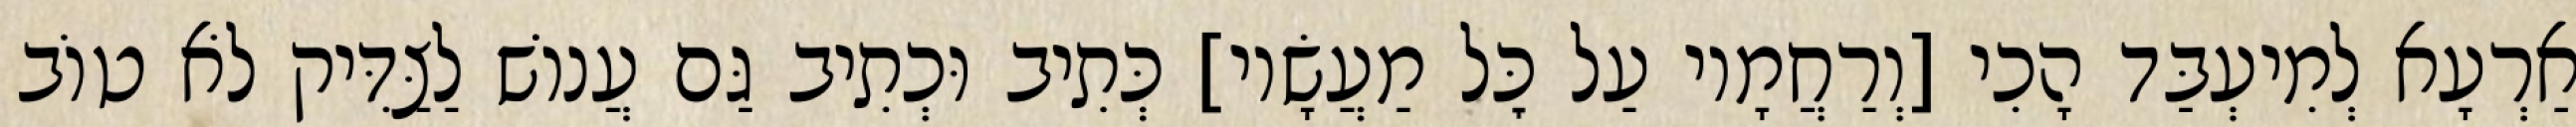
אַרְעָא לְמִיעְבַּד הָכִי [וְרַחֲמָיו עַל כׇּל מַעֲשָׂיו] כְּתִיב וּכְתִיב גַּם עֲנוֹשׁ לַצַּדִּיק לֹא טוֹב